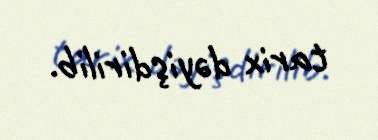
tarix dəyişdirilib.